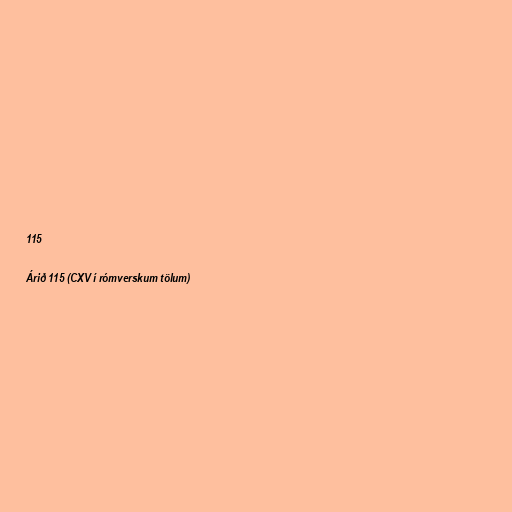
115

Árið 115 (CXV í rómverskum tölum)